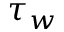
\tau _ { w }